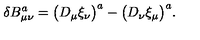
\delta B _ { \mu \nu } ^ { a } = \bigl ( D _ { \mu } \xi _ { \nu } \bigr ) ^ { a } - \bigl ( D _ { \nu } \xi _ { \mu } \bigr ) ^ { a } .